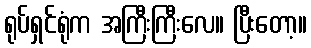
ရုပ်ရှင်ရုံက အကြီးကြီးလေ။ ပြီးတော့။